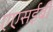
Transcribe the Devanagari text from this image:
एएसईबी